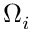
\Omega _ { i }